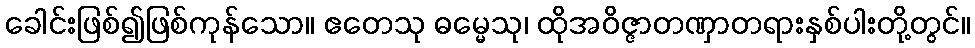
ခေါင်းဖြစ်၍ဖြစ်ကုန်သော။ ဧတေသု ဓမ္မေသု၊ ထိုအဝိဇ္ဇာတဏှာတရားနှစ်ပါးတို့တွင်။